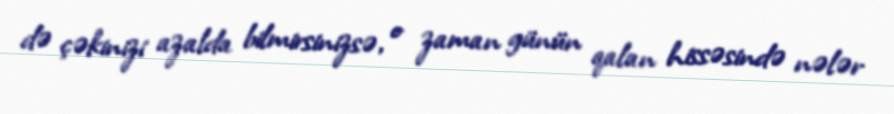
də çəkinizi azalda bilmirsinizsə, o zaman günün qalan hissəsində nələr